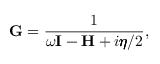
\mathbf { G } = \frac { 1 } { \omega \mathbf { I } - \mathbf { H } + i \pmb { \eta } / 2 } ,